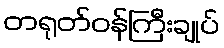
တရုတ်ဝန်ကြီးချုပ်